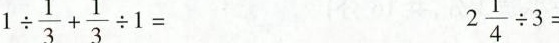
1 \div \frac{1}{3}+ \frac{1}{3}\div 1=2 \frac{1}{4}\div 3=